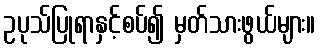
ဥပုသ်ပြုရာနှင့်စပ်၍ မှတ်သားဖွယ်များ။